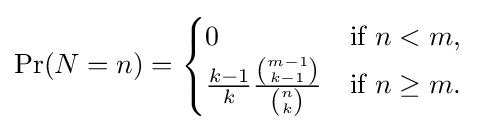
\Pr(N=n)={\begin{cases}0&{\text{if }}n<m,\\{\frac {k-1}{k}}{\frac {\binom {m-1}{k-1}}{\binom {n}{k}}}&{\text{if }}n\geq m.\end{cases}}